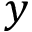
y